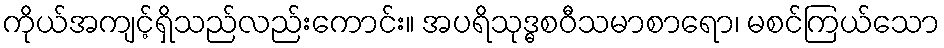
ကိုယ်အကျင့်ရှိသည်လည်းကောင်း။ အပရိသုဒ္ဓစဝီသမာစာရော၊ မစင်ကြယ်သော